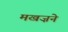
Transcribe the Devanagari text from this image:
मखज़ने